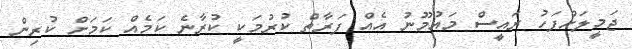
ޖަމީލަށްފަހު ރައީސް މައުމޫނު އެއް ފަަރާތް ކުރުމަކީ ކުރާނެ ކަމެއް ކަމަށް ކުރިން